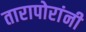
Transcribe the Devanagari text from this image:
तारापोरांनी